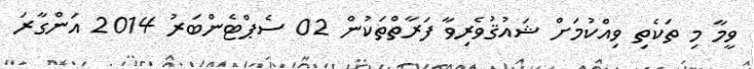
ވީމާ މި ތަކެތި ވިއްކުމަށް ޝައުޤުވެރިވާ ފަރާތްތަކުން 02 ސެޕްޓެންބަރު 2014 އަންގާރަ